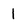
Character: 1